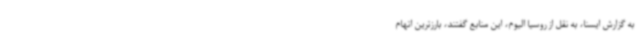
به گزارش ایسنا، به نقل از روسیا الیوم، این منابع گفتند، بارزترین اتهام